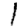
Digit: 1